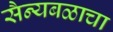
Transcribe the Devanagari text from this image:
सैन्यबळाचा